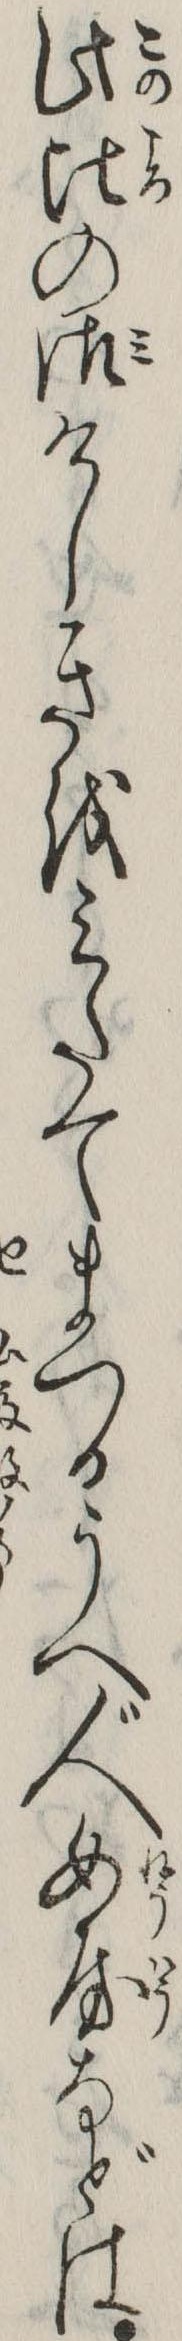
此比の御けしきをみたてまつるうへ人女房などは